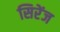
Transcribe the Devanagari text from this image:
सिरेंज